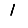
Digit: 1